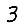
Digit: 3